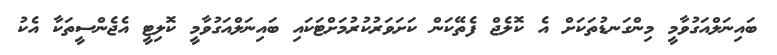
ބައިނަލްއަގުވާމީ މިންގަނޑުތަކަށް އެ ކޮލެޖް ފެތޭކަން ކަށަވަރުކުރުމަށްޓަކައި ބައިނަލްއަގުވާމީ ކޮލިޓީ އެޖެންސީތަކާ އެކު